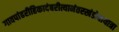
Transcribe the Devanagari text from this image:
गावपांढरीहिकादंबरीत्यानंतरखंडोबायात्रा